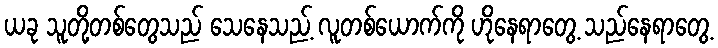
ယခု သူတို့တစ်တွေသည် သေနေသည့် လူတစ်ယောက်ကို ဟိုနေရာတွေ့ သည်နေရာတွေ့